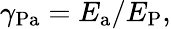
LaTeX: \gamma_{\mathrm{{Pa}}}=E_{\mathrm{{a}}}/E_{\mathrm{{P}}},